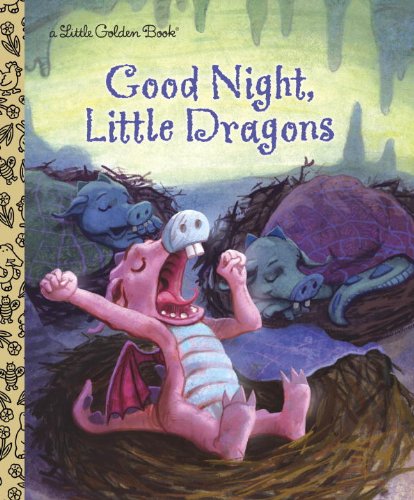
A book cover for Good Night, Little Dragons (Little Golden Book); Leigh Ann Tyson; Children's Books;